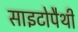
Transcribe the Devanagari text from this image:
साइटोपैथी